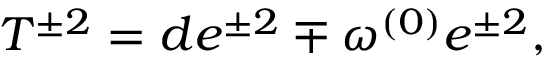
T ^ { \pm 2 } = d e ^ { \pm 2 } \mp \omega ^ { ( 0 ) } e ^ { \pm 2 } ,